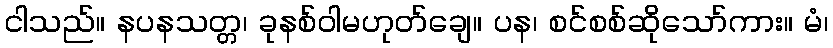
ငါသည်။ နပနသတ္တ၊ ခုနစ်ဝါမဟုတ်ချေ။ ပန၊ စင်စစ်ဆိုသော်ကား။ မံ၊